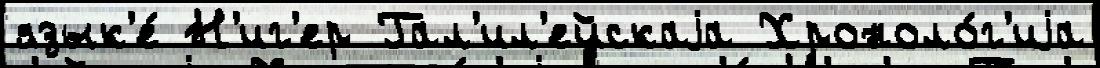
язык'е́ Н'иг'ер Гал'ил'ейскаjа Хроноло́г'иjа